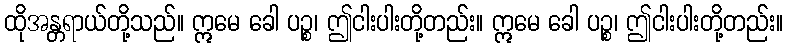
ထိုအန္တရာယ်တို့သည်။ ဣမေ ခေါ ပဉ္စ၊ ဤငါးပါးတို့တည်း။ ဣမေ ခေါ ပဉ္စ၊ ဤငါးပါးတို့တည်း။